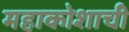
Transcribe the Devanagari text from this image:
महाकोशाची